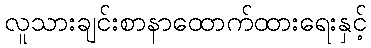
လူသားချင်းစာနာထောက်ထားရေးနှင့်